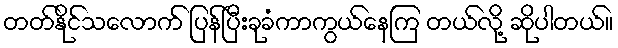
တတ်နိုင်သလောက် ပြန်ပြီးခုခံကာကွယ်နေကြ တယ်လို့ ဆိုပါတယ်။